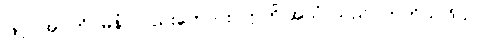
ဖြင့်။ အဂတိဂမနံ၊ လည်းကောင်း။ ဣတိ အယံ၊ သည်။ တတိယ ဒိသာ၊